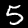
Digit: 5